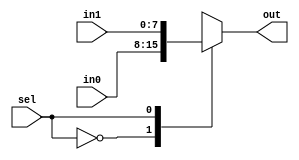
/*
E/16/388
lab 5 part 3
Mux to select between 2 8bit values
*/
`timescale 1ns/100ps
module mux (in0, in1, sel, out);
	
	input [7:0] in0, in1;
	input sel;    
	output reg[7:0] out;
	
	always @(sel, in0, in1)		//sensitivity list
	begin

		case(sel)				//select out value on sel signal

			0 : out = in0; 
			1 : out = in1;

		endcase
	end	

endmodule